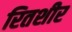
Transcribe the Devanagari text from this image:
रितशीर